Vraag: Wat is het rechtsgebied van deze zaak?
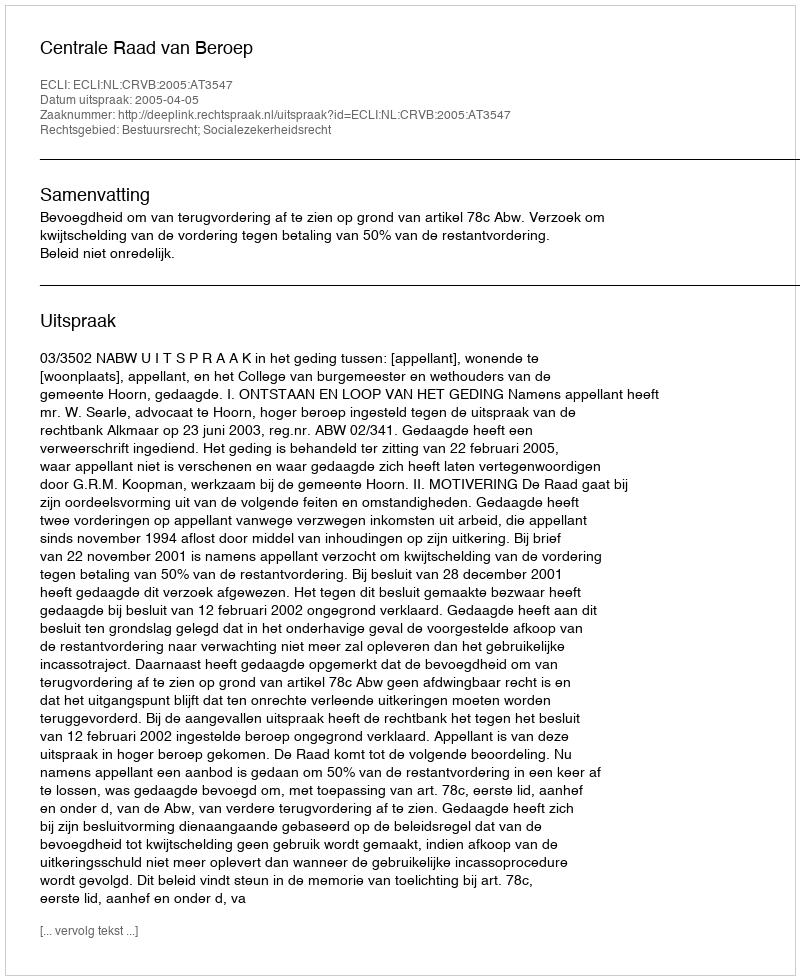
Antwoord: Bestuursrecht; Socialezekerheidsrecht